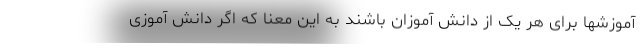
آموزشها برای هر یک از دانش آموزان باشند به این معنا که اگر دانش آموزی